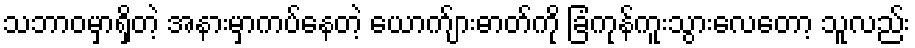
သဘာဝမှာရှိတဲ့ အနားမှာကပ်နေတဲ့ ယောက်ျားဓာတ်ကို ခြံကုန်ကူးသွားလေတော့ သူလည်း